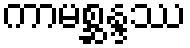
ကာမစ္ဆန္ဒဿ